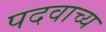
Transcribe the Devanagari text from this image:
पदवाच्य